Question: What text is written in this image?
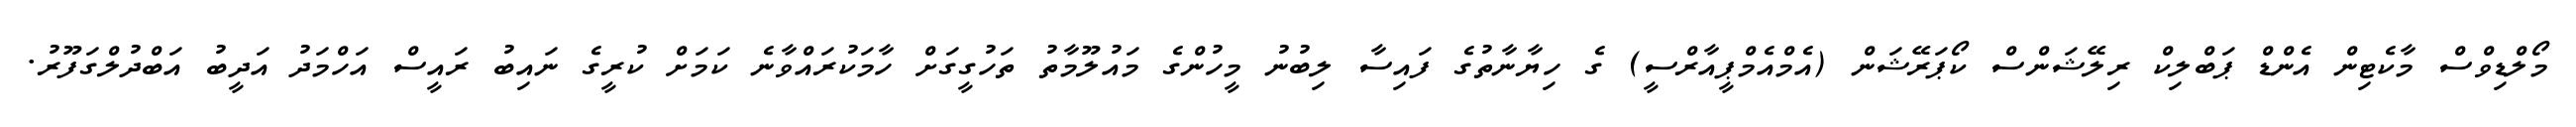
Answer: މޯލްޑިވްސް މާކެޓިން އެންޑް ޕަބްލިކް ރިލޭޝަންސް ކޯޕަރޭޝަން (އެމްއެމްޕީއާރްސީ) ގެ ހިޔާނާތުގެ ފައިސާ ލިބުނު މީހުންގެ މައުލޫމާތު ތަހުގީގަށް ހާމަކުރައްވާނެ ކަމަށް ކުރީގެ ނައިބު ރައީސް އަހްމަދު އަދީބު އަބްދުލްގަފޫރު.